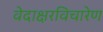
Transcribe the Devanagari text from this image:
वेदाक्षरविचारेण